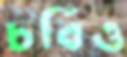
চর্বিও